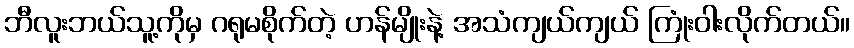
ဘီလူးဘယ်သူ့ကိုမှ ဂရုမစိုက်တဲ့ ဟန်မျိုးနဲ့ အသံကျယ်ကျယ် ကြုံးဝါးလိုက်တယ်။